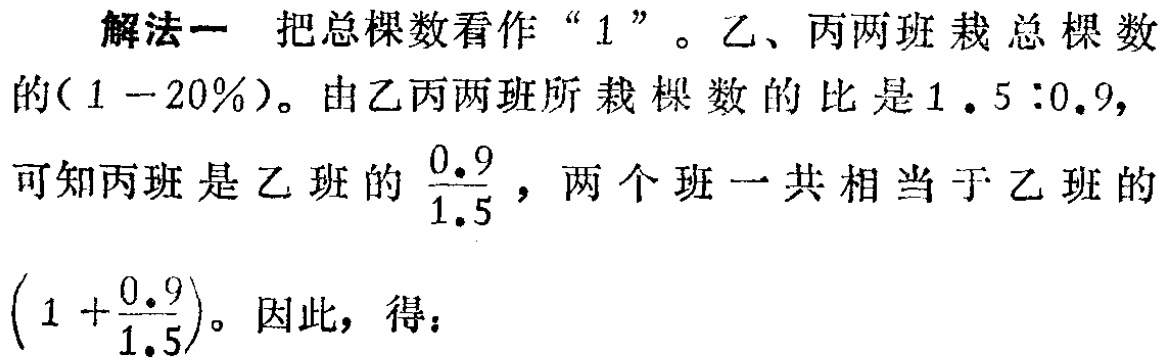
解法一 把总棵数看作“$1$”。乙、丙两班栽总棵数的($1 - 20\%$)。由乙丙两班所栽棵数的比是$1.5:0.9,$可知丙班是乙班的$\frac{0.9}{1.5}$，两个班一共相当于乙班的$\left(1 + \frac{0.9}{1.5}\right)$。因此，得：